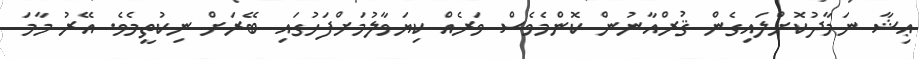
ޢިޝާ ނަމާދުކޮށްލައިގެން ޤުރްއާނުން ކޮންމެވެސް ވަރެއް ކިޔަވާލުމަށްފަހުގައި ބޭރަށް ނިކުތީމެވެ. އޭރު މާމަ